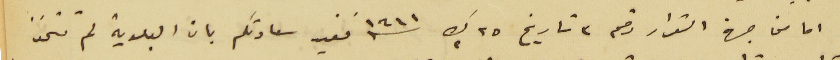
اما من جهة القرار رقم ٣ تاريخ ٢٥ ك٢ سنة ١٩٤١ نفيد سعادتكم بان البلدية لم تتخذ